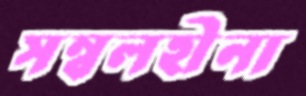
সম্বলহীনা